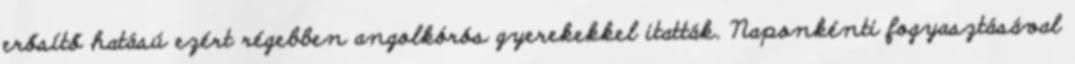
erősítő hatású ezért régebben angolkórós gyerekekkel itatták. Naponkénti fogyasztásával